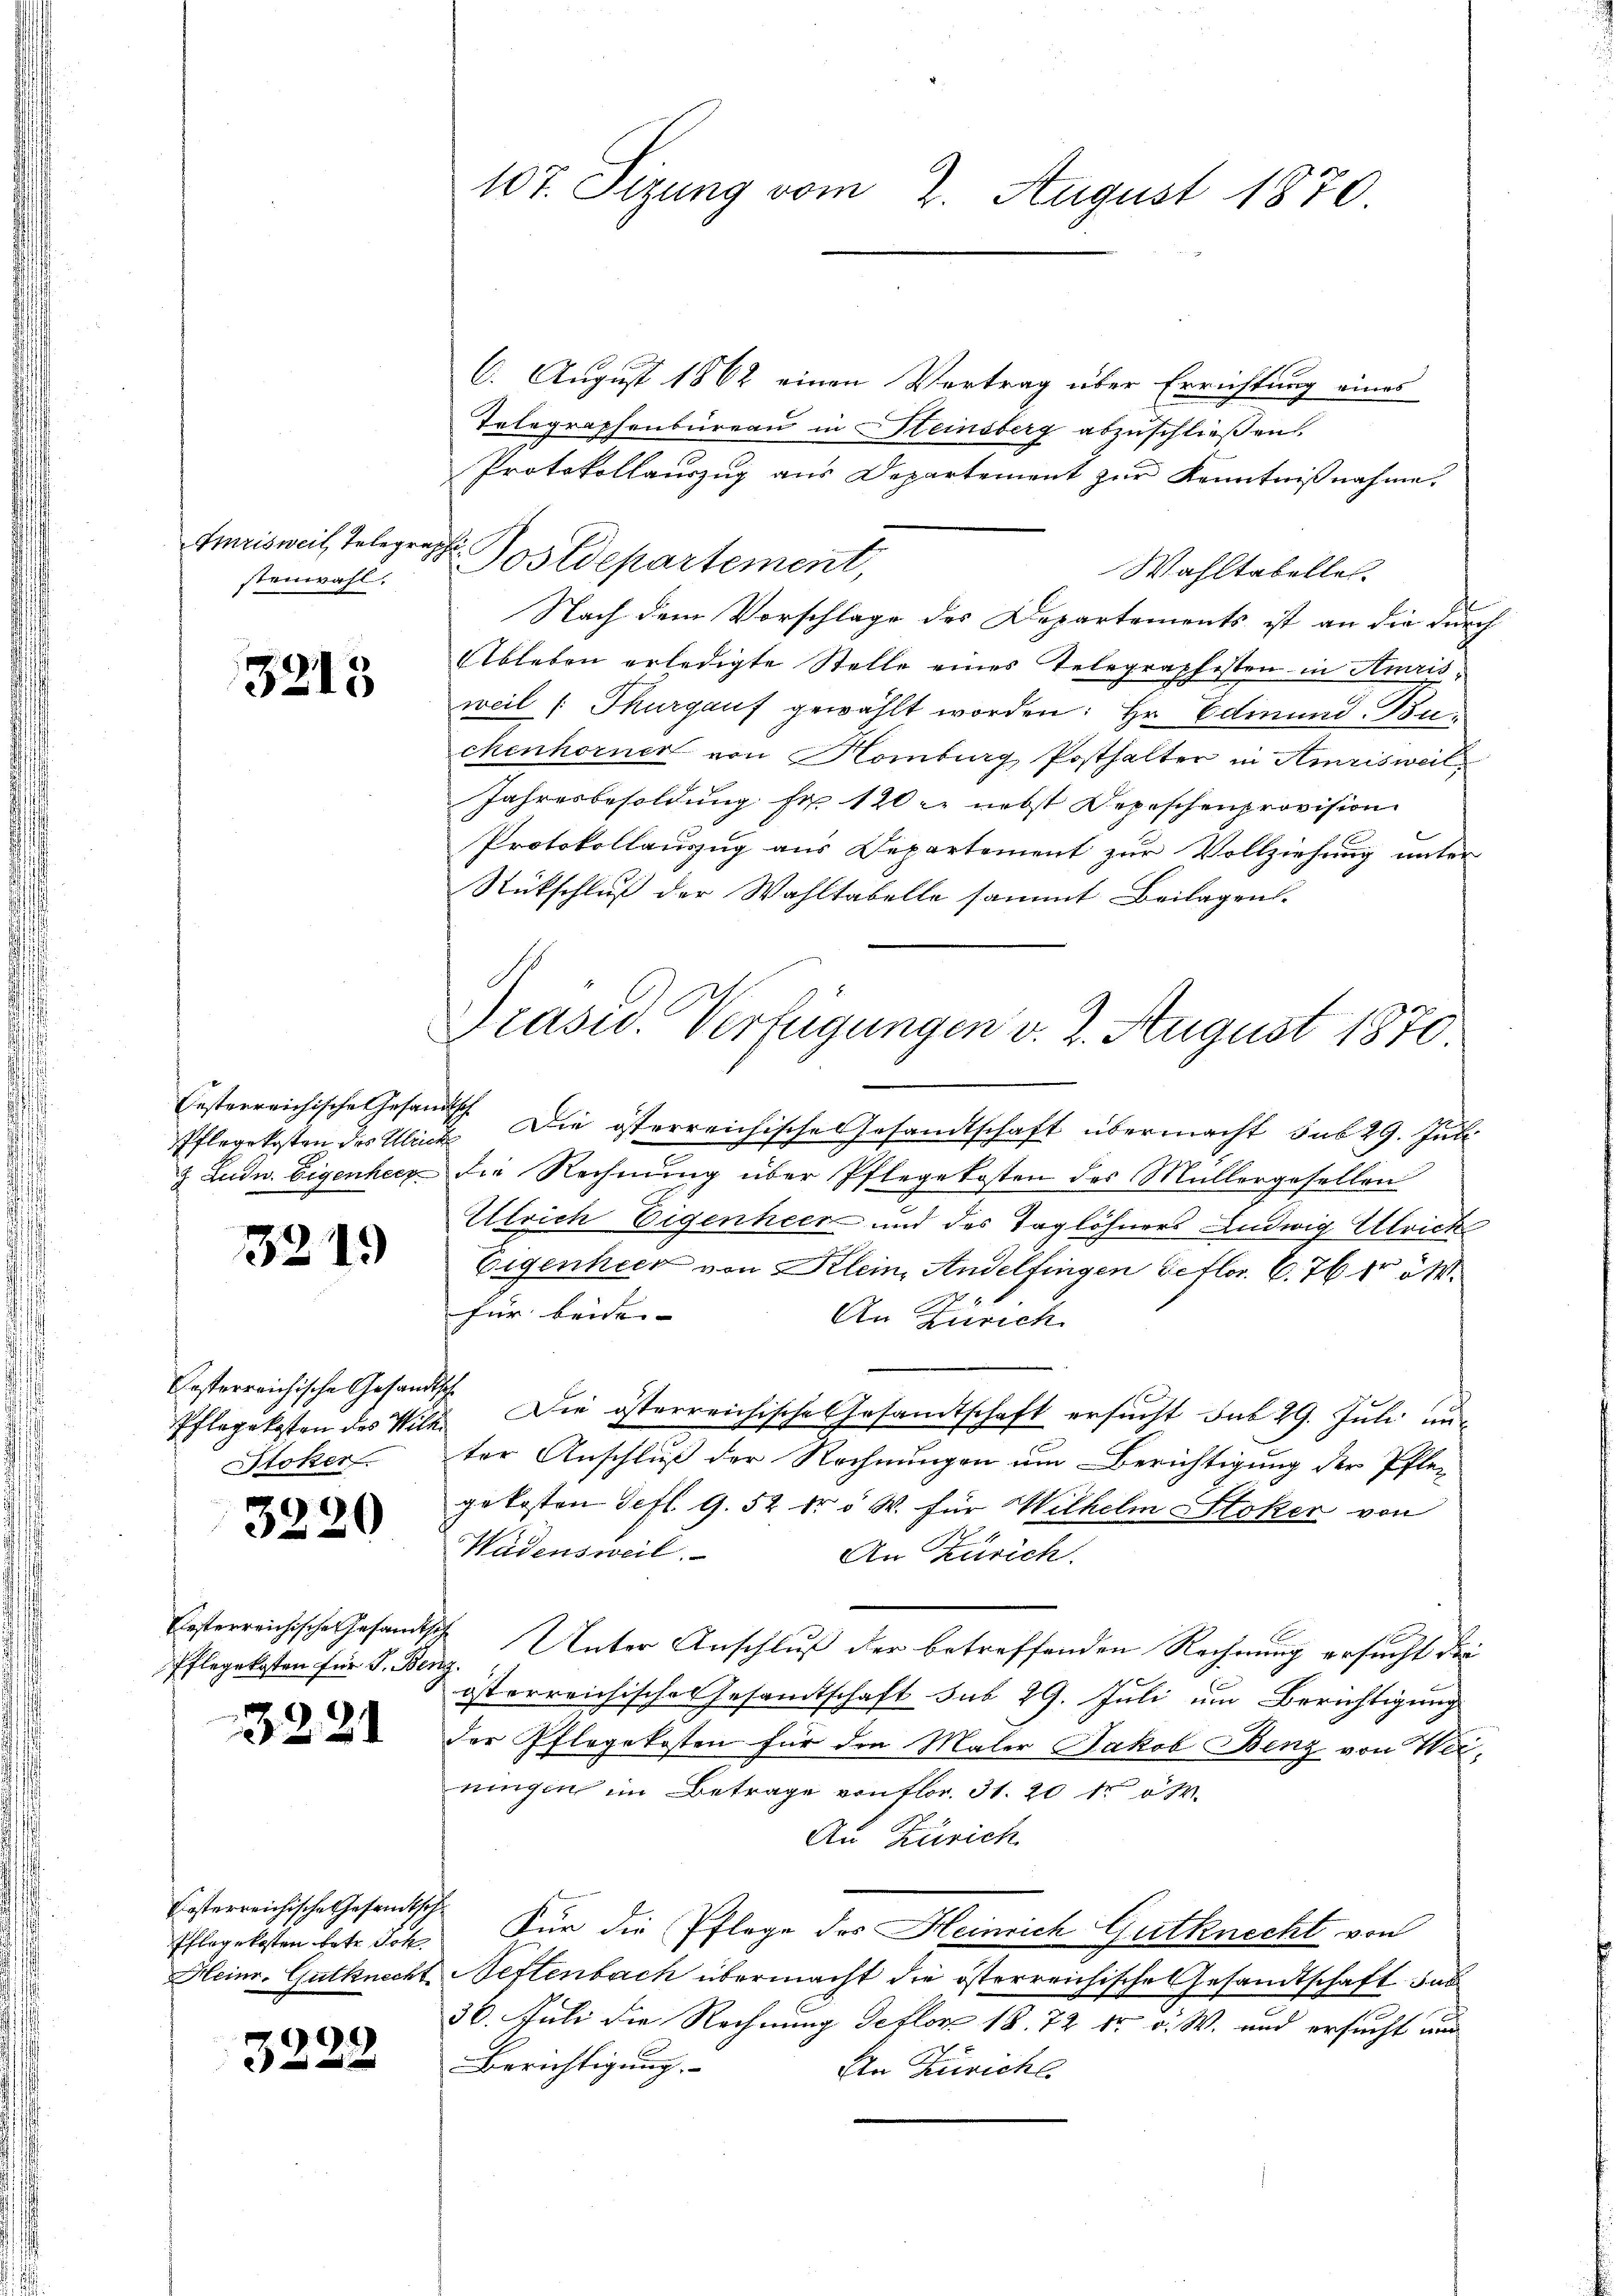
stenwahl.

3213

Pflegekosten des Ulrich

3219

.
3220

Pflegekosten für J. Benz.

3221

d
5222

Kosterreichische Gesandtsche
Stoker

kosterreichische Gesandtsch

107. Sizung vom 2. August 1870.

Amrisweil, Telegras Postdepartement,

6. August 1862 einen Vertrag über Errichtung eines
Telegraphenbüreau in Steinsberg abzuschließen.
Protokollauszug aus Departement zur Kenntnißnahme.
Wahltabelles.
Nach dem Vorschlage des Departements ist an die durch
Ableben erledigte Stelle eines Telegraphisten in Amrisweil (Thurgauf gewählt worden: Hr. Edinund Buchenhorner von Homburg, Posthalter in Amrisweil
Jahresbesoldung pr 120. nebst Depeschenprovision
Protokollauszug aus Departement zur Vollziehung unter
Rückschluß der Wahltabelle sammt Beilagen
Gesterreichische Gesandtsch. Die österreichische Gesandtschaft übermacht sub 29. Juni
& Ludw. Eigenhecz die Rechnung über Pflegekosten des Müllergesellen
Ullrich Eigenheer und des Taglöhners Ludwig Ulrich
Eigenheit von Klein, Andelfingen Setter. C. 76 kr ök
für beiden- |
An Zürich
Pflegekosten des Wild. Die österreichische Gesandtschaft ersŭcht sub 29. Juli unter Anschluß der Rechnungen um Berichtigung der Pfle-
gekosten Gefl. 9. 52 fr 5 W. für Wilhelm Stoker von
Wädensweil.
An Zürich.
Oesterreichische Gesandtsch Unter Anschluß der betreffenden Rechnung ersucht die
österreichisches Gesandtschaft sub 29. Juli um Berichtigung
der Pflegekosten für den Maler Jakob Benz von Wermingen im Betrage vonttor. 31. 20 t
An Zürich
Pflegekosten betr. Ich. Für die Pflege des Heinrich Gutknecht von
Heinr. Gutknecht Neftenbach übermacht die österreichische Gesandtschaft das
30. Juli die Rechnung deflor 18. 72 kr. v. W. und ersucht aus
Berichtigung.
An Zürichs

Präsid. Verfügungen v. 2. August 1870